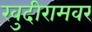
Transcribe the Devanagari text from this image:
खुदीरामवर